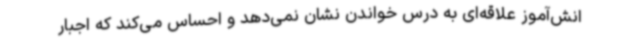
انش‌آموز علاقه‌ای به درس خواندن نشان نمی‌دهد و احساس می‌کند که اجبار